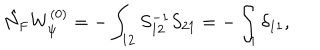
LaTeX: \hat { N } _ { \mathrm { F } } W _ { \psi } ^ { ( 0 ) } = - \int _ { 1 2 } S _ { 1 2 } ^ { - 1 } S _ { 2 1 } = - \int _ { 1 } \delta _ { 1 1 } ,